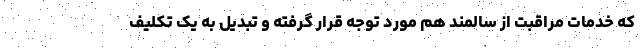
که خدمات مراقبت از سالمند هم مورد توجه قرار گرفته و تبدیل به یک تکلیف